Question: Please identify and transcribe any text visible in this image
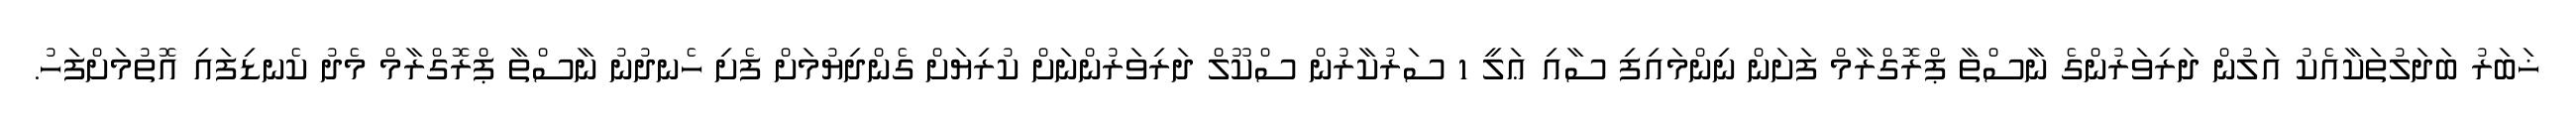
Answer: ޚަބަރު ބަދަލުތަކާއެކު އަލުން ދަރިވަރުންގެ ނާސްތާ ޕްރޮގްރާމް ފަށަން ނިންމައިފި ސާއި ޢަލީ 1 ސަރުކާރުން ސްކޫލް ދަރިވަރުންނަށް ކުރިޔަށް ގެންދިޔުމަށް ފެށި ހެނދުނު ނާސްތާ ޕްރޮގްރާމް މެދު ކެނޑިފައި އޮތުމަށްފަހު.